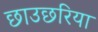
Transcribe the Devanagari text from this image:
छाउछरिया